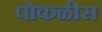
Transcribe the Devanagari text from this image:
पोकळीस